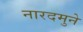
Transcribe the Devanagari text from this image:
नारदमुने